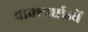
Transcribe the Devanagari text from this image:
वाक्स्पर्धाओं